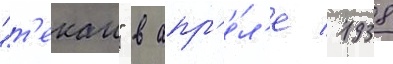
"т'екаи" в апр'е́л'е 1938